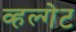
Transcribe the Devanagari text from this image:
व्हल्गेट